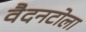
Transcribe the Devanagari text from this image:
वैदनटोला